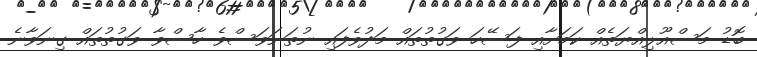
ބޮޑު މަސްއޫލިއްޔަތެއް ކަމަށާއި ފަސޭހަ ވަގުތުތައް މަދުވެފައި ނުތަނަވަސްވެ ހާސްވާ ވަގުތުތައް ގިނަވާނެ